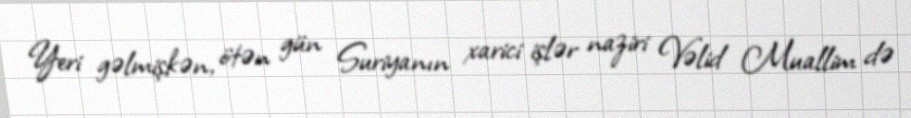
Yeri gəlmişkən, ötən gün Suriyanın xarici işlər naziri Vəlid Muallim də